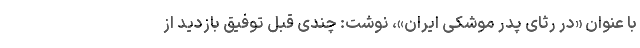
با عنوان «در رثای پدر موشکی ایران»، نوشت: چندی قبل توفیق بازدید از